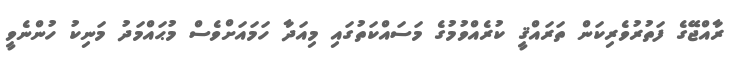
ރާއްޖޭގެ ފަތުރުވެރިކަން ތަރައްޤީ ކުރެއްވުމުގެ މަސައްކަތުގައި މިއަދާ ހަމައަށްވެސް މުޙައްމަދު މަނިކު ހުންނެވީ